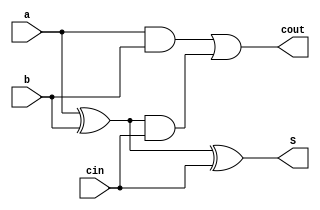
module full_adder (
    input a, b, cin,
    output S, cout
);

    assign S = a ^ b ^ cin;
    assign cout = (a & b) | ((a ^ b) & cin);

endmodule